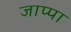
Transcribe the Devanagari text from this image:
जाप्पा